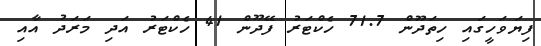
ފިޔަވަހީގައި ހިތަދޫން 71.7 ހެކްޓަރު ފޭދޫން 41 ހެކްޓަރު އަދި މަރަދު އާއި